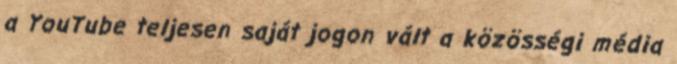
a YouTube teljesen saját jogon vált a közösségi média